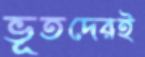
ভূতদেরই